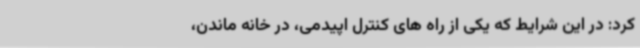
کرد: در این شرایط که یکی از راه های کنترل اپیدمی، در خانه ماندن،